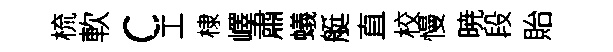
梳軟c工棣嶧肅蟻艇直校慢暁段貽